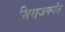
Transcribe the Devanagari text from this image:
शिराजपर्यंत